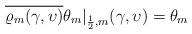
LaTeX: \begin{align*}\overline{\varrho_m(\gamma,\upsilon)} \theta_m |_{\frac12,m} (\gamma,\upsilon) = \theta_m\end{align*}